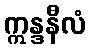
ဣန္ဒနီလံ